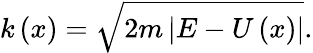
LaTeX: k\left(x\right)=\sqrt{2m\left|E-U\left(x\right)\right|}.